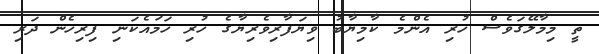
ތީ މިމާލޭގަވެސް ހުރި އެންމެ ކާމިޔާބު ވިޔަފާރިވެރިޔާގެ ހުރި ހަމައެކަނި ފިރިހެން ދަރި